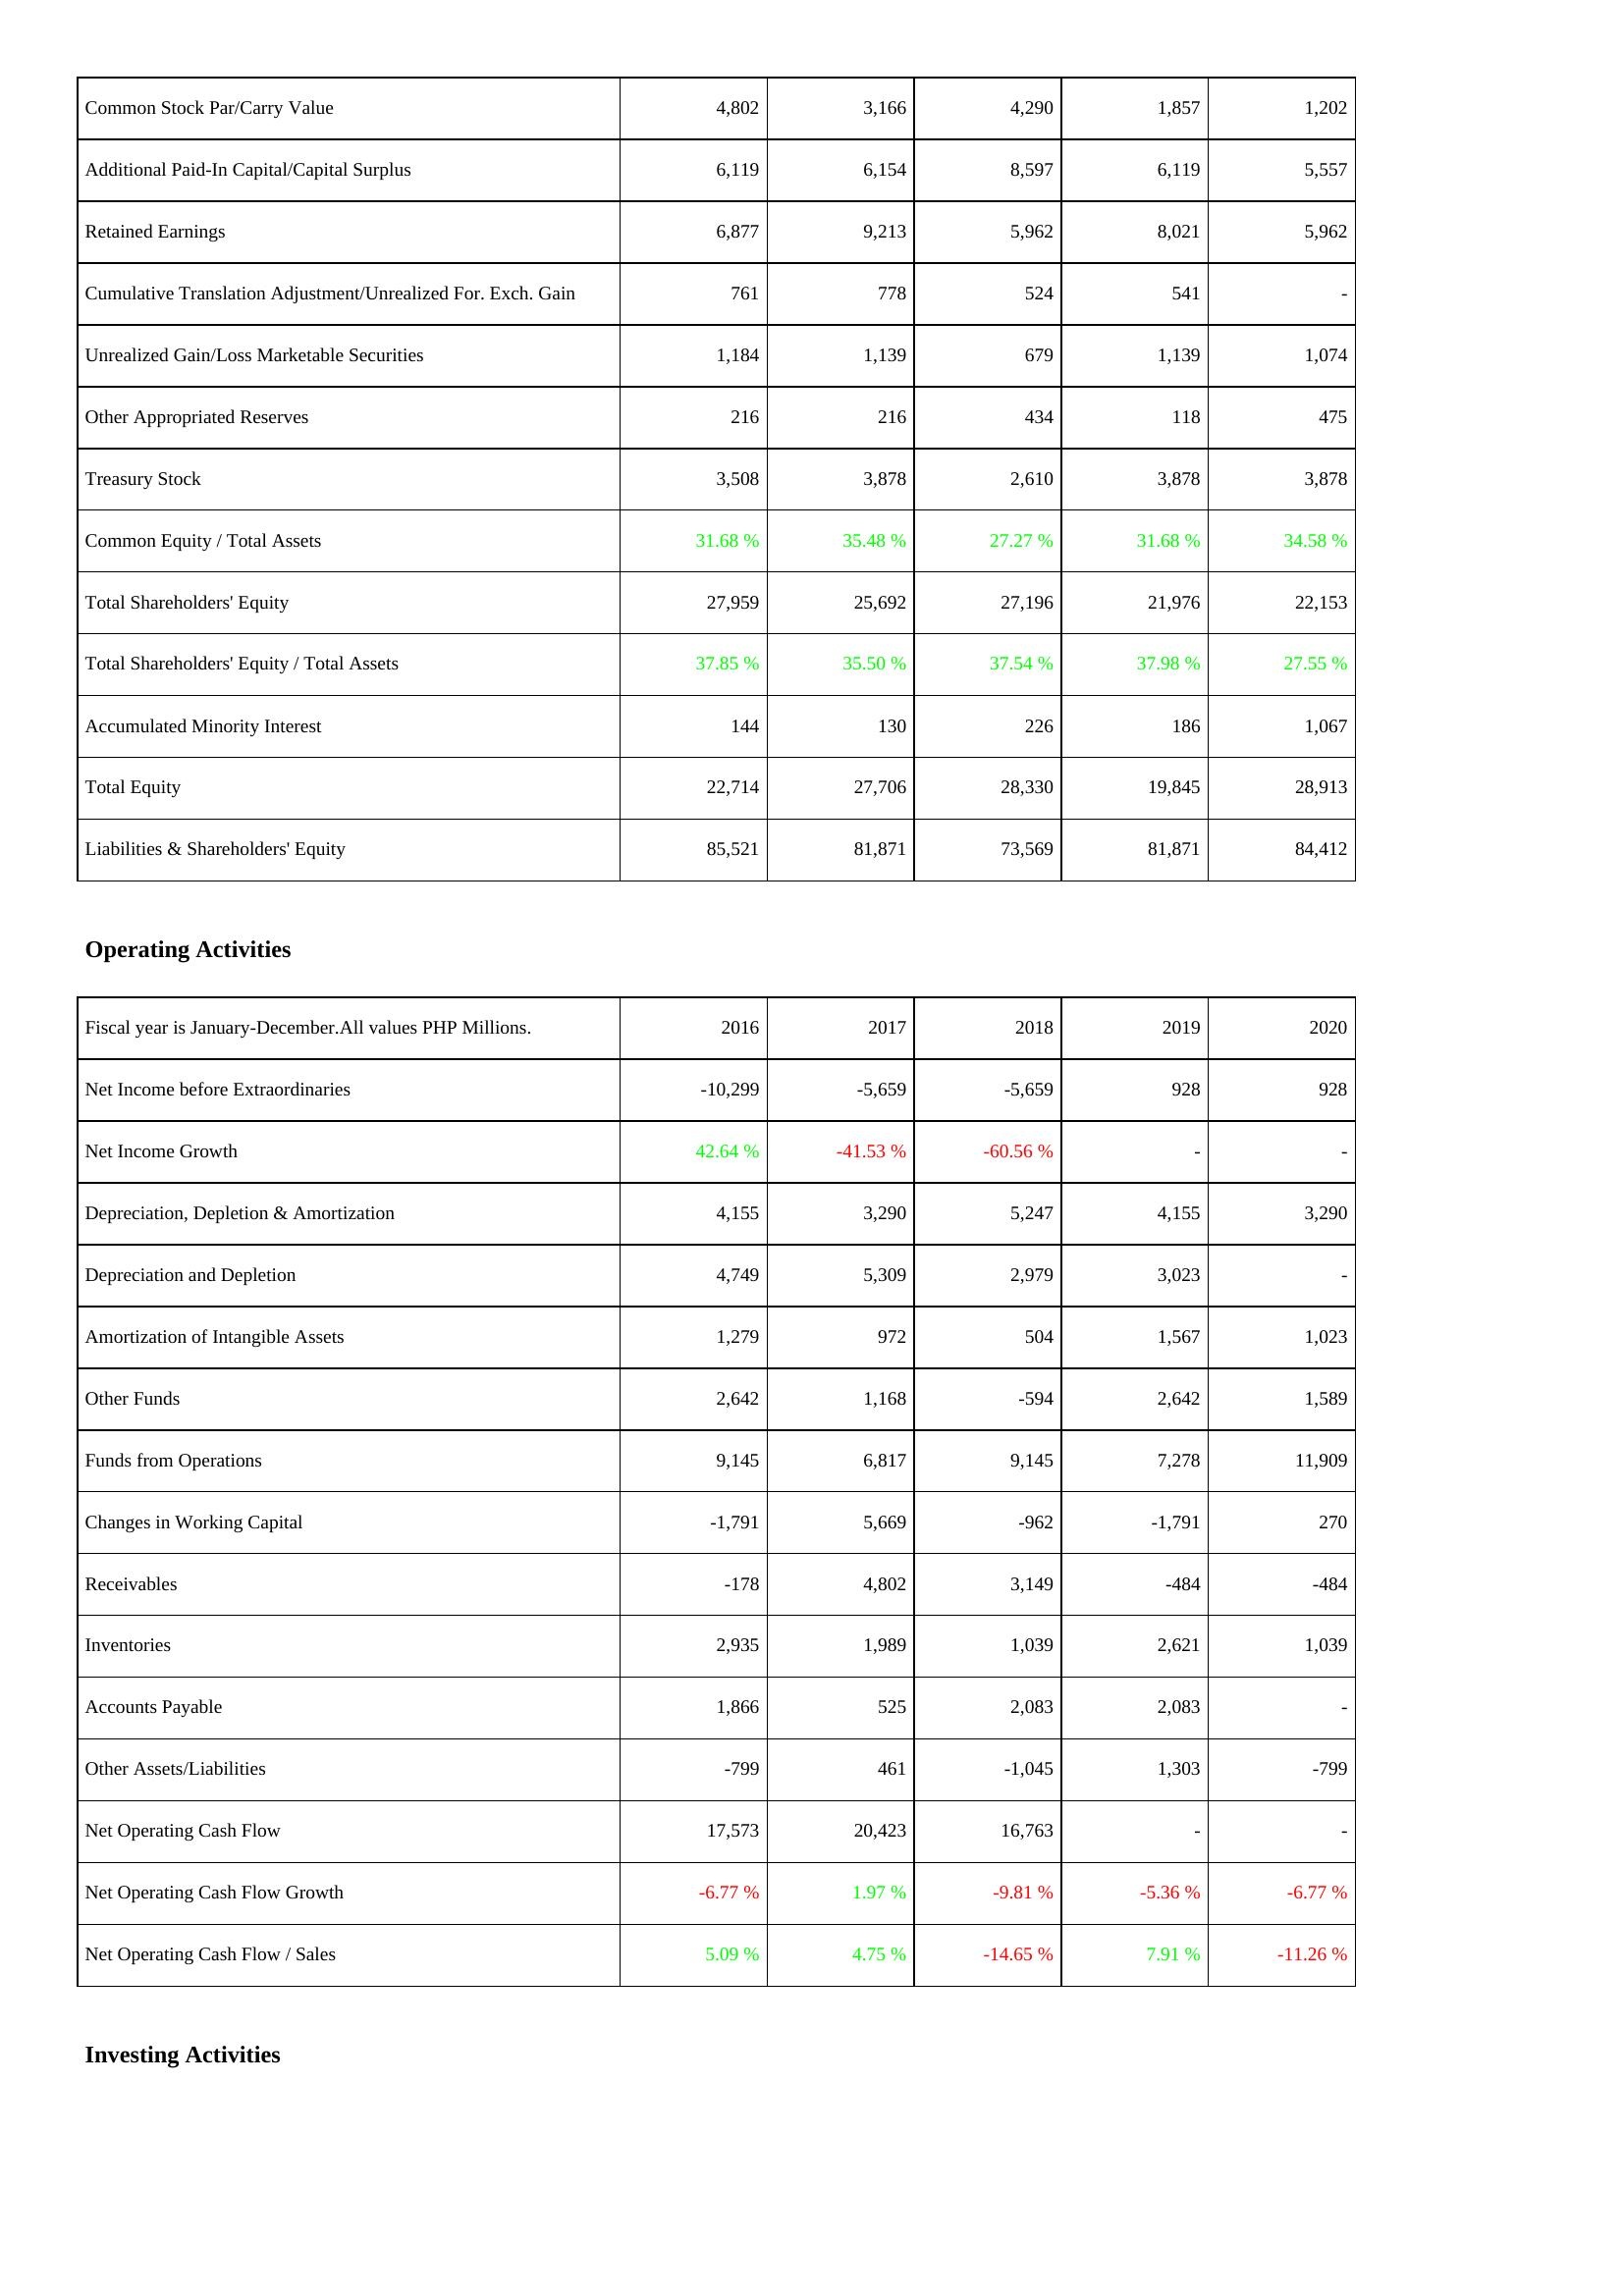
2016: Liabilities & Shareholders' Equity: Common Stock Par/Carry Value: 4,802
Additional Paid-In Capital/Capital Surplus: 6,119
Retained Earnings: 6,877
Cumulative Translation Adjustment/Unrealized For. Exch. Gain: 761
Unrealized Gain/Loss Marketable Securities: 1,184
Other Appropriated Reserves: 216
Treasury Stock: 3,508
Common Equity / Total Assets: 31.68 %
Total Shareholders' Equity: 27,959
Total Shareholders' Equity / Total Assets: 37.85 %
Accumulated Minority Interest: 144
Total Equity: 22,714
Liabilities & Shareholders' Equity: 85,521
Operating Activities: Net Income before Extraordinaries: -10,299
Net Income Growth: 42.64 %
Depreciation, Depletion & Amortization: 4,155
Depreciation and Depletion: 4,749
Amortization of Intangible Assets: 1,279
Other Funds: 2,642
Funds from Operations: 9,145
Changes in Working Capital: -1,791
Receivables: -178
Inventories: 2,935
Accounts Payable: 1,866
Other Assets/Liabilities: -799
Net Operating Cash Flow: 17,573
Net Operating Cash Flow Growth: -6.77 %
Net Operating Cash Flow / Sales: 5.09 %
2017: Liabilities & Shareholders' Equity: Common Stock Par/Carry Value: 3,166
Additional Paid-In Capital/Capital Surplus: 6,154
Retained Earnings: 9,213
Cumulative Translation Adjustment/Unrealized For. Exch. Gain: 778
Unrealized Gain/Loss Marketable Securities: 1,139
Other Appropriated Reserves: 216
Treasury Stock: 3,878
Common Equity / Total Assets: 35.48 %
Total Shareholders' Equity: 25,692
Total Shareholders' Equity / Total Assets: 35.50 %
Accumulated Minority Interest: 130
Total Equity: 27,706
Liabilities & Shareholders' Equity: 81,871
Operating Activities: Net Income before Extraordinaries: -5,659
Net Income Growth: -41.53 %
Depreciation, Depletion & Amortization: 3,290
Depreciation and Depletion: 5,309
Amortization of Intangible Assets: 972
Other Funds: 1,168
Funds from Operations: 6,817
Changes in Working Capital: 5,669
Receivables: 4,802
Inventories: 1,989
Accounts Payable: 525
Other Assets/Liabilities: 461
Net Operating Cash Flow: 20,423
Net Operating Cash Flow Growth: 1.97 %
Net Operating Cash Flow / Sales: 4.75 %
2018: Liabilities & Shareholders' Equity: Common Stock Par/Carry Value: 4,290
Additional Paid-In Capital/Capital Surplus: 8,597
Retained Earnings: 5,962
Cumulative Translation Adjustment/Unrealized For. Exch. Gain: 524
Unrealized Gain/Loss Marketable Securities: 679
Other Appropriated Reserves: 434
Treasury Stock: 2,610
Common Equity / Total Assets: 27.27 %
Total Shareholders' Equity: 27,196
Total Shareholders' Equity / Total Assets: 37.54 %
Accumulated Minority Interest: 226
Total Equity: 28,330
Liabilities & Shareholders' Equity: 73,569
Operating Activities: Net Income before Extraordinaries: -5,659
Net Income Growth: -60.56 %
Depreciation, Depletion & Amortization: 5,247
Depreciation and Depletion: 2,979
Amortization of Intangible Assets: 504
Other Funds: -594
Funds from Operations: 9,145
Changes in Working Capital: -962
Receivables: 3,149
Inventories: 1,039
Accounts Payable: 2,083
Other Assets/Liabilities: -1,045
Net Operating Cash Flow: 16,763
Net Operating Cash Flow Growth: -9.81 %
Net Operating Cash Flow / Sales: -14.65 %
2019: Liabilities & Shareholders' Equity: Common Stock Par/Carry Value: 1,857
Additional Paid-In Capital/Capital Surplus: 6,119
Retained Earnings: 8,021
Cumulative Translation Adjustment/Unrealized For. Exch. Gain: 541
Unrealized Gain/Loss Marketable Securities: 1,139
Other Appropriated Reserves: 118
Treasury Stock: 3,878
Common Equity / Total Assets: 31.68 %
Total Shareholders' Equity: 21,976
Total Shareholders' Equity / Total Assets: 37.98 %
Accumulated Minority Interest: 186
Total Equity: 19,845
Liabilities & Shareholders' Equity: 81,871
Operating Activities: Net Income before Extraordinaries: 928
Net Income Growth: -
Depreciation, Depletion & Amortization: 4,155
Depreciation and Depletion: 3,023
Amortization of Intangible Assets: 1,567
Other Funds: 2,642
Funds from Operations: 7,278
Changes in Working Capital: -1,791
Receivables: -484
Inventories: 2,621
Accounts Payable: 2,083
Other Assets/Liabilities: 1,303
Net Operating Cash Flow: -
Net Operating Cash Flow Growth: -5.36 %
Net Operating Cash Flow / Sales: 7.91 %
2020: Liabilities & Shareholders' Equity: Common Stock Par/Carry Value: 1,202
Additional Paid-In Capital/Capital Surplus: 5,557
Retained Earnings: 5,962
Cumulative Translation Adjustment/Unrealized For. Exch. Gain: -
Unrealized Gain/Loss Marketable Securities: 1,074
Other Appropriated Reserves: 475
Treasury Stock: 3,878
Common Equity / Total Assets: 34.58 %
Total Shareholders' Equity: 22,153
Total Shareholders' Equity / Total Assets: 27.55 %
Accumulated Minority Interest: 1,067
Total Equity: 28,913
Liabilities & Shareholders' Equity: 84,412
Operating Activities: Net Income before Extraordinaries: 928
Net Income Growth: -
Depreciation, Depletion & Amortization: 3,290
Depreciation and Depletion: -
Amortization of Intangible Assets: 1,023
Other Funds: 1,589
Funds from Operations: 11,909
Changes in Working Capital: 270
Receivables: -484
Inventories: 1,039
Accounts Payable: -
Other Assets/Liabilities: -799
Net Operating Cash Flow: -
Net Operating Cash Flow Growth: -6.77 %
Net Operating Cash Flow / Sales: -11.26 %